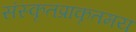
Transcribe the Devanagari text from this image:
संस्कृतप्राकृतमय